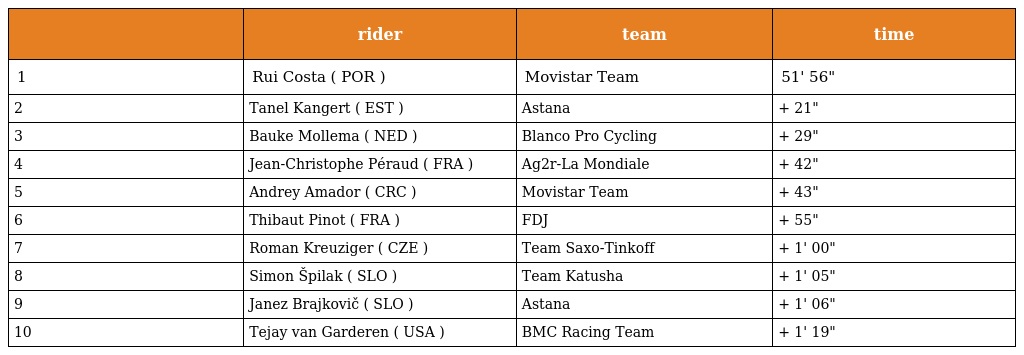
|  | rider | team | time |
 | --- | --- | --- | --- |
 | 1 | Rui Costa ( POR ) | Movistar Team | 51' 56" |
 | 2 | Tanel Kangert ( EST ) | Astana | + 21" |
 | 3 | Bauke Mollema ( NED ) | Blanco Pro Cycling | + 29" |
 | 4 | Jean-Christophe Péraud ( FRA ) | Ag2r-La Mondiale | + 42" |
 | 5 | Andrey Amador ( CRC ) | Movistar Team | + 43" |
 | 6 | Thibaut Pinot ( FRA ) | FDJ | + 55" |
 | 7 | Roman Kreuziger ( CZE ) | Team Saxo-Tinkoff | + 1' 00" |
 | 8 | Simon Špilak ( SLO ) | Team Katusha | + 1' 05" |
 | 9 | Janez Brajkovič ( SLO ) | Astana | + 1' 06" |
 | 10 | Tejay van Garderen ( USA ) | BMC Racing Team | + 1' 19" |